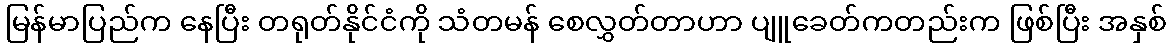
မြန်မာပြည်က နေပြီး တရုတ်နိုင်ငံကို သံတမန် စေလွှတ်တာဟာ ပျူခေတ်ကတည်းက ဖြစ်ပြီး အနှစ်